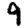
Digit: 9